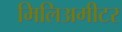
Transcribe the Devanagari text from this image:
मिलिअमीटर